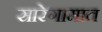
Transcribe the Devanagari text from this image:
सारेगामात